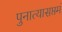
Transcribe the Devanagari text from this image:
पुनात्यासप्तमं